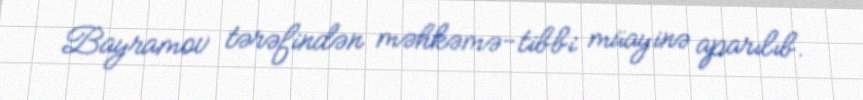
Bayramov tərəfindən məhkəmə-tibbi müayinə aparılıb.